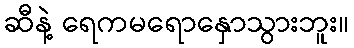
ဆီနဲ့ ရေကမရောနှောသွားဘူး။